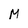
Character: M